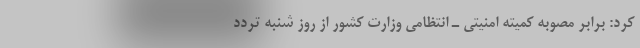
کرد: برابر مصوبه کمیته امنیتی ـ انتظامی وزارت کشور از روز شنبه تردد